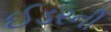
ઈડરની